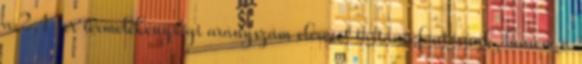
a 2,1-es termelékenységi arányszám elérését tartaná fontosnak, hanem a